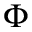
\Phi